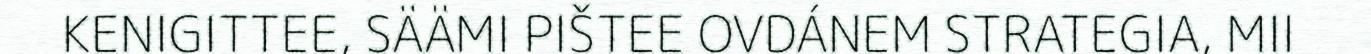
KENIGITTEE, SÄÄMI PIŠTEE OVDÁNEM STRATEGIA, MII